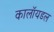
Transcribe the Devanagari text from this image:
कालॉयडल